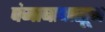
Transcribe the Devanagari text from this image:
पंजाबापासून